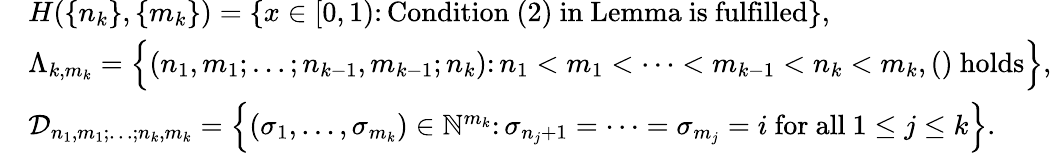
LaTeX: \begin{array}{rl}&{H(\{ n_{k}\} ,\{ m_{k}\} )=\{ x\in[0,1)\colon\mathrm{Condition~(2)~in~Lemma~is~fulfilled}\} ,}\\ &{\Lambda_{k,m_{k}}=\Big\{ (n_{1},m_{1};\ldots;n_{k-1},m_{k-1};n_{k})\colon n_{1}<m_{1}<\cdots<m_{k-1}<n_{k}<m_{k},()\mathrm{~holds}\Big\} ,}\\ &{\mathcal{D}_{n_{1},m_{1};\ldots;n_{k},m_{k}}=\Big\{ (\sigma_{1},\ldots,\sigma_{m_{k}})\in\mathbb{N}^{m_{k}}\colon\sigma_{n_{j}+1}=\cdots=\sigma_{m_{j}}=i\mathrm{~for~all~}1\leq j\leq k\Big\} .}\end{array}